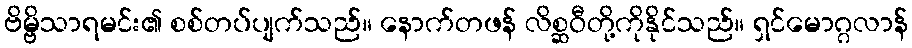
ဗိမ္ဗိသာရမင်း၏ စစ်တပ်ပျက်သည်။ နောက်တဖန် လိစ္ဆဝီတို့ကိုနိုင်သည်။ ရှင်မောဂ္ဂလာန်